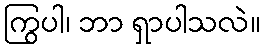
ကြွပါ၊ ဘာ ရှာပါသလဲ။